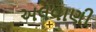
અલવાણી